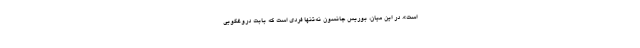
است». در این میان، بوریس جانسون نه‌تنها فردی است که بابت دروغگویی